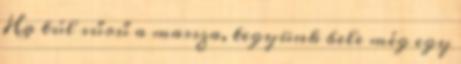
Ha túl sűrű a massza, tegyünk bele még egy